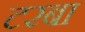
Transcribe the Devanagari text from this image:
टरबा